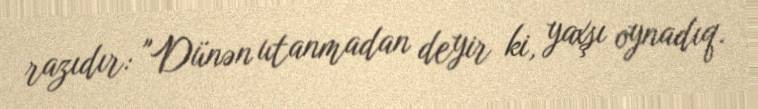
razıdır: "Dünən utanmadan deyir ki, yaxşı oynadıq.